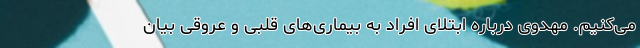
می‌کنیم. مهدوی درباره ابتلای افراد به بیماری‌های قلبی و عروقی بیان